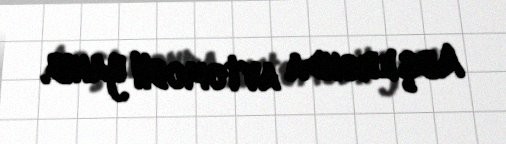
Abşeronda avtomobil yanıb.